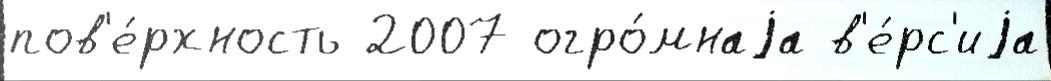
пов'е́рхность 2007 огро́мнаjа в'е́рс'иjа